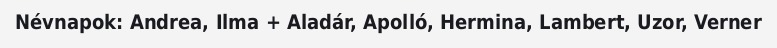
Névnapok: Andrea, Ilma + Aladár, Apolló, Hermina, Lambert, Uzor, Verner